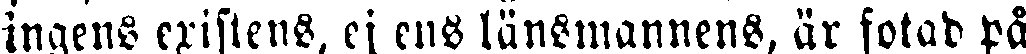
ingens existens, ej ens länsmannens, är fotad på